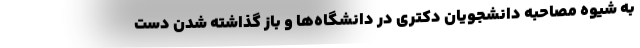
به شیوه مصاحبه دانشجویان دکتری در دانشگاه‌ها و باز گذاشته شدن دست